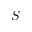
S